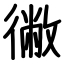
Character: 徶